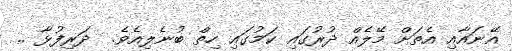
އޭނައާއި އެތަށް މޭލެއް ދުރުގައި ކަމުގައި ހިތް ބުނެލިއެވެ.  ދަރިފުޅާ ..